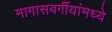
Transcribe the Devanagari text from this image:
मागासवर्गीयांमध्ये